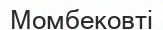
Момбековті